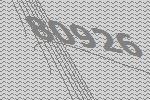
80926